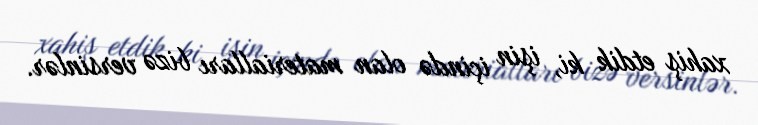
xahiş etdik ki, işin içində olan materialları bizə versinlər.